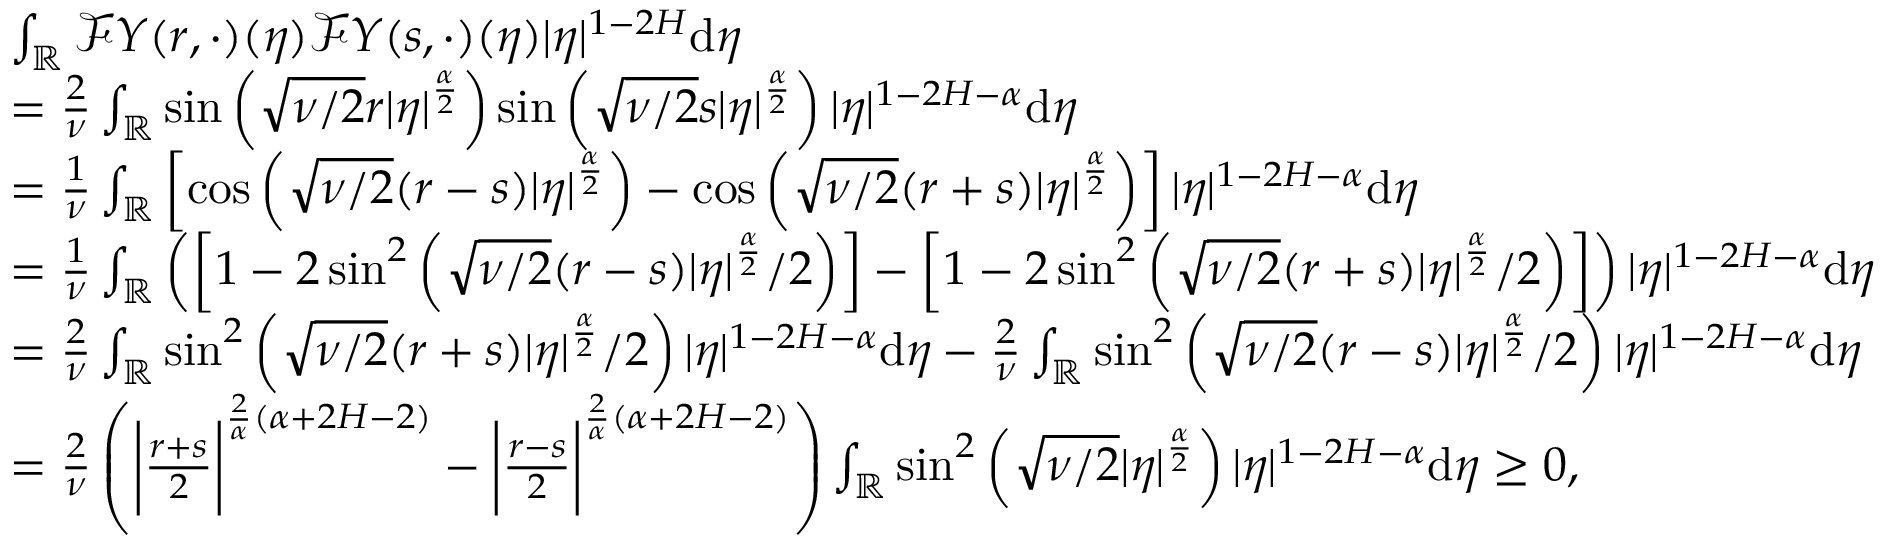
\begin{array} { r l } & { \int _ { \mathbb { R } } \mathcal { F } Y ( r , \cdot ) ( \eta ) \mathcal { F } Y ( s , \cdot ) ( \eta ) | \eta | ^ { 1 - 2 H } \ensuremath { \mathrm { d } } \eta } \\ & { = \frac { 2 } { \nu } \int _ { \mathbb { R } } \sin \left( \sqrt { \nu / 2 } r | \eta | ^ { \frac \alpha 2 } \right) \sin \left( \sqrt { \nu / 2 } s | \eta | ^ { \frac \alpha 2 } \right) | \eta | ^ { 1 - 2 H - \alpha } \ensuremath { \mathrm { d } } \eta } \\ & { = \frac { 1 } { \nu } \int _ { \mathbb { R } } \left[ \cos \left( \sqrt { \nu / 2 } ( r - s ) | \eta | ^ { \frac \alpha 2 } \right) - \cos \left( \sqrt { \nu / 2 } ( r + s ) | \eta | ^ { \frac \alpha 2 } \right) \right] | \eta | ^ { 1 - 2 H - \alpha } \ensuremath { \mathrm { d } } \eta } \\ & { = \frac { 1 } { \nu } \int _ { \mathbb { R } } \left( \left[ 1 - 2 \sin ^ { 2 } \left( \sqrt { \nu / 2 } ( r - s ) | \eta | ^ { \frac \alpha 2 } / 2 \right) \right] - \left[ 1 - 2 \sin ^ { 2 } \left( \sqrt { \nu / 2 } ( r + s ) | \eta | ^ { \frac \alpha 2 } / 2 \right) \right] \right) | \eta | ^ { 1 - 2 H - \alpha } \ensuremath { \mathrm { d } } \eta } \\ & { = \frac { 2 } { \nu } \int _ { \mathbb { R } } \sin ^ { 2 } \left( \sqrt { \nu / 2 } ( r + s ) | \eta | ^ { \frac \alpha 2 } / 2 \right) | \eta | ^ { 1 - 2 H - \alpha } \ensuremath { \mathrm { d } } \eta - \frac { 2 } { \nu } \int _ { \mathbb { R } } \sin ^ { 2 } \left( \sqrt { \nu / 2 } ( r - s ) | \eta | ^ { \frac \alpha 2 } / 2 \right) | \eta | ^ { 1 - 2 H - \alpha } \ensuremath { \mathrm { d } } \eta } \\ & { = \frac { 2 } { \nu } \left( \bigg | \frac { r + s } { 2 } \bigg | ^ { \frac { 2 } { \alpha } ( \alpha + 2 H - 2 ) } - \bigg | \frac { r - s } { 2 } \bigg | ^ { \frac { 2 } { \alpha } ( \alpha + 2 H - 2 ) } \right) \int _ { \mathbb { R } } \sin ^ { 2 } \left( \sqrt { \nu / 2 } | \eta | ^ { \frac \alpha 2 } \right) | \eta | ^ { 1 - 2 H - \alpha } \ensuremath { \mathrm { d } } \eta \ge 0 , } \end{array}